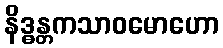
နိဒ္ဓန္တကသာဝမောဟော